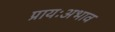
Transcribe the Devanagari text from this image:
प्रायःअभाव